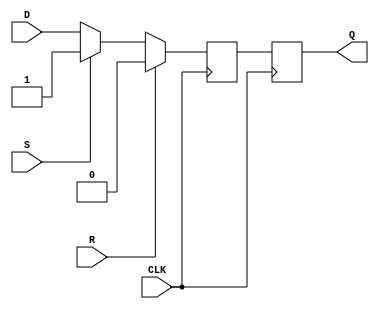
module ms_sr_flipflop(input wire D, input wire S, input wire R, input wire CLK, output reg Q);

reg temp;

// Master latch
always @(posedge CLK)
begin
    if (R)
        temp <= 1'b0;
    else if (S)
        temp <= 1'b1;
    else
        temp <= D;
end

// Slave latch
always @(posedge CLK)
begin
    if (R || S)
        Q <= temp;
    else
        Q <= temp;
end

endmodule